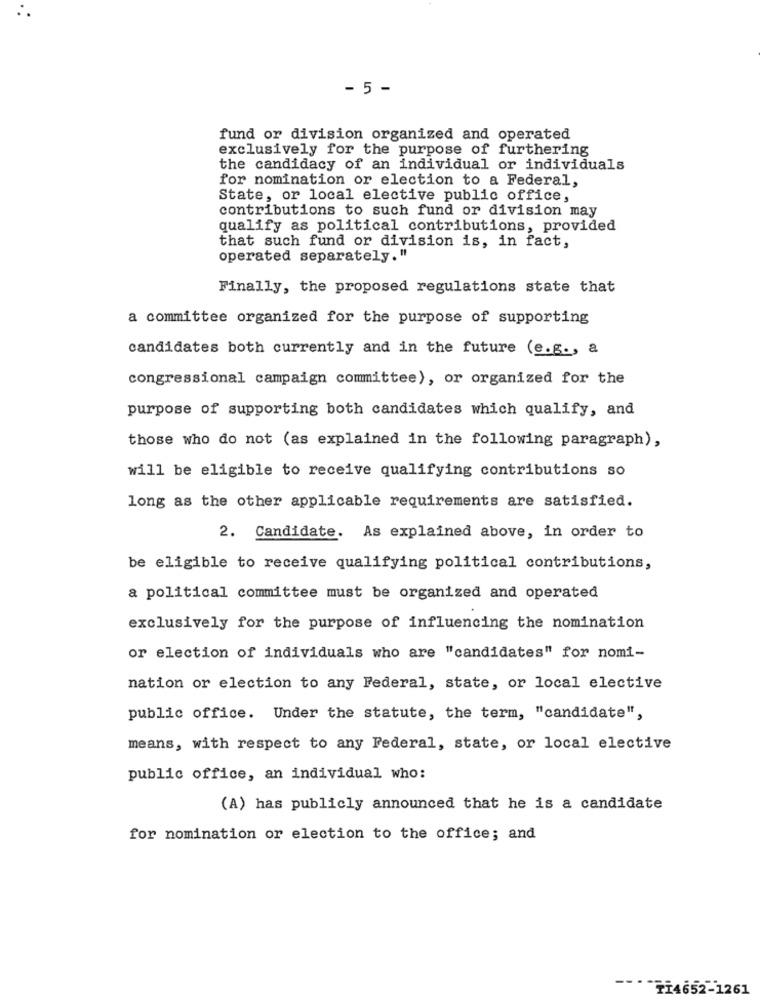
- 5 -
fund or division organized and operated
exclusively for the purpose of furthering
the candidacy of an individual or individuals
for nomination or election to a Federal,
State, or local elective public office,
contributions to such fund or division may
qualify as political contributions, provided
that such fund or division is, in fact,
operated separately."
Finally, the proposed regulations state that
a committee organized for the purpose of supporting
candidates both currently and in the future (e.g ., a
congressional campaign committee), or organized for the
purpose of supporting both candidates which qualify, and
those who do not (as explained in the following paragraph),
will be eligible to receive qualifying contributions so
long as the other applicable requirements are satisfied.
2. Candidate. As explained above, in order to
be eligible to receive qualifying political contributions,
a political committee must be organized and operated
exclusively for the purpose of influencing the nomination
or election of individuals who are "candidates" for nomi-
nation or election to any Federal, state, or local elective
public office. Under the statute, the term, "candidate",
means, with respect to any Federal, state, or local elective
public office, an individual who:
(A) has publicly announced that he is a candidate
for nomination or election to the office; and
TI4652-1261